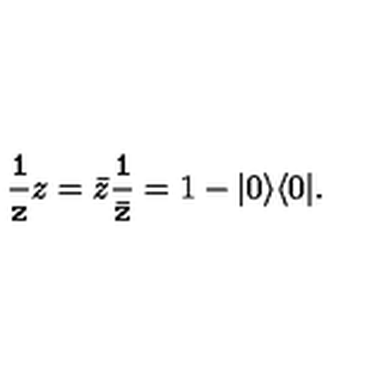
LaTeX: { \tt \frac { 1 } { z } } z = \bar { z } { \tt \frac { 1 } { \bar { z } } } = 1 - | 0 \rangle \langle 0 | .